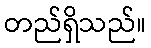
တည်ရှိသည်။